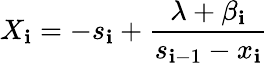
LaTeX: X_{\mathbf{i}}=-s_{\mathbf{i}}+\frac{{\lambda+\beta_{\mathbf{i}}}}{{s_{\mathbf{i}-1}-x_{\mathbf{i}}}}\,